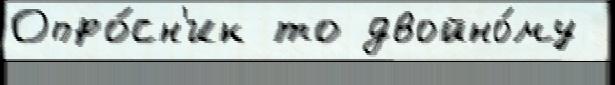
Опро́сн'ик то двойно́му